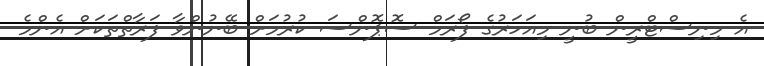
އެ މިނިސްޓްރީން ބުނީ މިއަހަރުގެ ފޯރަމް ސޮޕޮންސަ ކުރުމަށް ބޭނުންވާ ފަރާތްތަކަށް އެންމެ